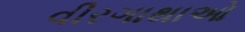
વીરગાથાઓ